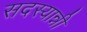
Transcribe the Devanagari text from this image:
सदस्यान्नी